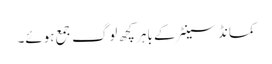
کمانڈ سینٹر کے باہر کچھ لوگ جمع ہوئے۔